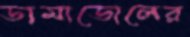
ডামাডোলের